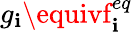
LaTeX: g_{\mathbf{i}}\equivf_{\mathbf{i}}^{eq}